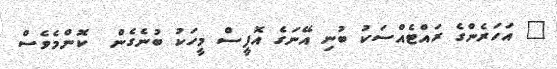
" އަހަރެންގެ ރައްޓެއްސަކު ބުނި އޭނަގެ އޮފީސް މީހަކު ބުނެގެން  ކޮންމެވެސް